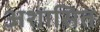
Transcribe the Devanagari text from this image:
अशासित